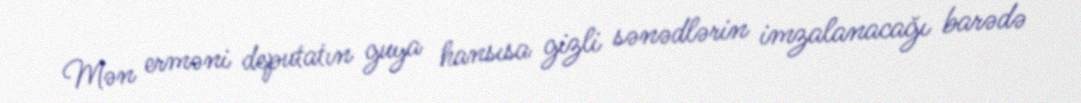
Mən erməni deputatın guya hansısa gizli sənədlərin imzalanacağı barədə